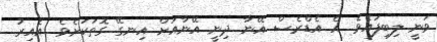
ވަނީ ލިބިފައެވެ. އެ އެޑްރެސް އޭނާ ދިނީ އޭނާއަށް އިނގޭ ގޮތަކަށެވެ. އެއިރު